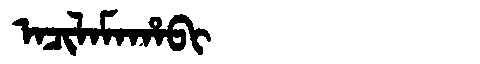
Manchu: ᠠᠴᡳᠯᠠᠮᠠᡥᠠᠪᡳ
Romanization: ACILAMAHABI